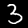
Label: 3